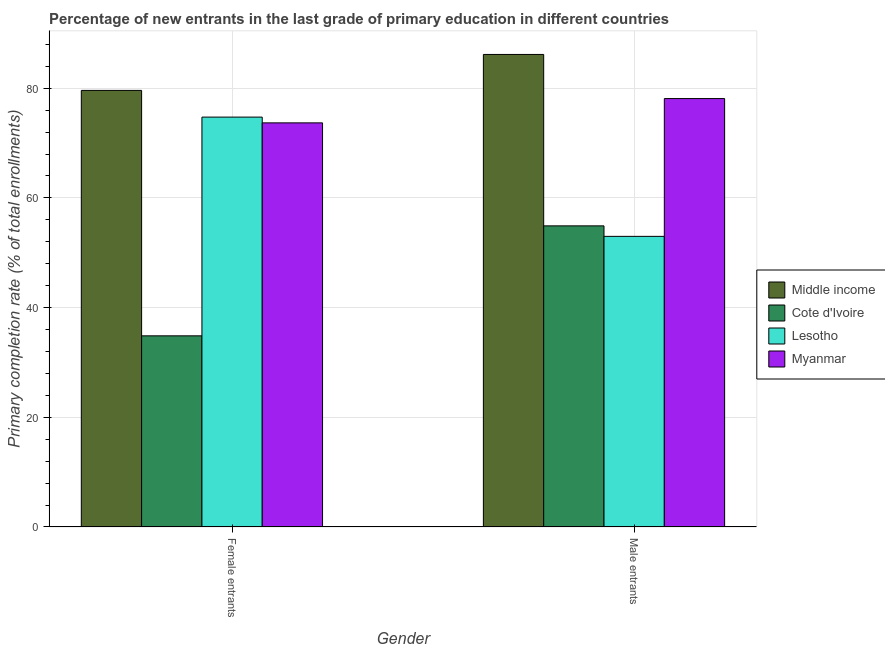
| Gender | Middle income | Cote d'Ivoire | Lesotho | Myanmar |
 | --- | --- | --- | --- | --- |
 | Female entrants | 79.6 | 34.9 | 74.7 | 73.7 |
 | Male entrants | 86.2 | 54.9 | 53 | 78.1 |